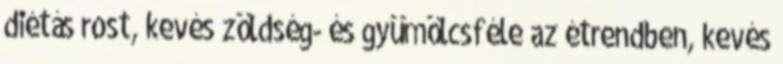
diétás rost, kevés zöldség- és gyümölcsféle az étrendben, kevés